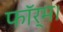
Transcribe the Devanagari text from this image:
फॉर्म।